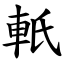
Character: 軝